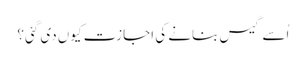
اُسے گیس بنانے کی اجازت کیوں دی گئی؟